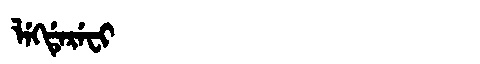
Manchu: ᠯᡝᡴᡩᡝᡵᡝᠸᡳ
Romanization: LEKDEREFI